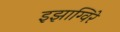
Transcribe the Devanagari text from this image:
इझाग्विरे